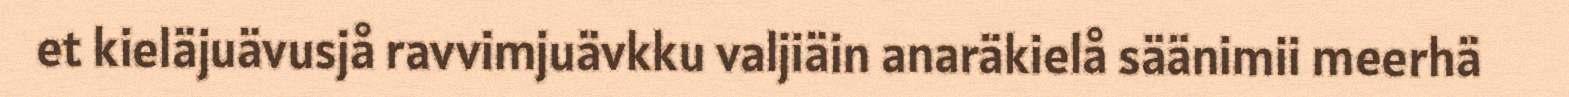
et kieläjuävusjå ravvimjuävkku valjiäin anaräkielå säänimii meerhä